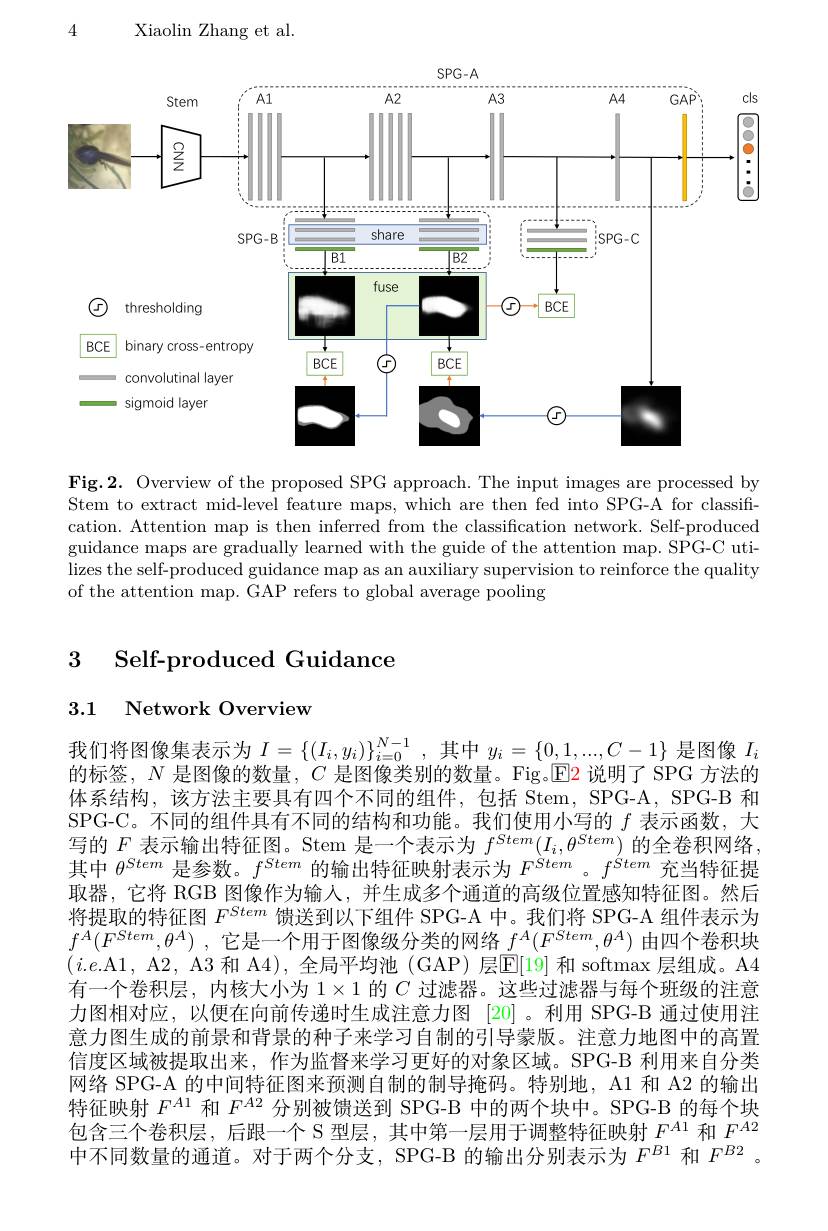
4

Xiaolin Zhang et al.

<FigureHere>

Fig.2. Overview of the proposed SPG approach. The input images are processed by Stem to extract mid-level feature maps, which are then fed into SPG-A for classification. Attention map is then inferred from the classification network. Self-produced guidance maps are gradually learned with the guide of the attention map. SPG-C utilizes the self-produced guidance map as an auxiliary supervision to reinforce the quality of the attention map. GAP refers to global average pooling

## $\begin{array}{cc}3&\text{Self-produced Guidance}\end{array}$

## 3.1 Network Overview

我们将图像集表示为$I=\{(I_i,y_i)\}_{i=0}^{N-1}$,其中$y_i=\{0,1,...,C-1\}$ 是图像$I_i$ 的标签，$N$是图像的数量，$C$是图像类别的数量。Fig.$\boxed{\mathrm{E}}2$说明了 SPG 方法的体系结构，该方法主要具有四个不同的组件，包括 Stem, SPG-A, SPG-B 和SPG-C。不同的组件具有不同的结构和功能。我们使用小写的$f$表示函数，大写的$F$表示输出特征图。Stem 是一个表示为$f^{Stem}(I_i,\theta^{Stem})$的全卷积网络其中$\theta^Stem$是参数。$f^Stem$的输出特征映射表示为$F^Stem$ 。$f^{Stem}$充当特征提取器，它将 RGB 图像作为输人，并生成多个通道的高级位置感知特征图。然后将提取的特征图$F^{Stem}$馈送到以下组件 SPG-A 中。我们将 SPG-A 组件表示为$f^{A}( F^{Stem}, \theta ^{A})$ ,它是一个用于图像级分类的网络$f^A(F^{Stem},\theta^{A})$由四个卷积块$(i.e.$A1, A2, A3 和 A4), 全局平均池 (GAP) 层$\mathbb{E}[19]$ 和 softmax 层组成。A4有一个卷积层，内核大小为$1\times1$的$C$过滤器。这些过滤器与每个班级的注意力图相对应，以便在向前传递时生成注意力图 [20]。利用 SPG-B 通过使用注意力图生成的前景和背景的种子来学习自制的引导蒙版。注意力地图中的高置信度区域被提取出来，作为监督来学习更好的对象区域。SPG-B 利用来自分类网络 SPG-A 的中间特征图来预测自制的制导掩码。特别地，A1 和 A2 的输出特征映射$F^{A1}$和$F^{A2}$分别被馈送到 SPG-B 中的两个块中。SPG-B 的每个块包含三个卷积层，后跟一个 S 型层，其中第一层用于调整特征映射$F^{A1}$和$F^{A2}$ 中不同数量的通道。对于两个分支，SPG-B 的输出分别表示为$F^{B1}$和$F^{B2}$。